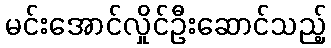
မင်းအောင်လှိုင်ဦးဆောင်သည့်